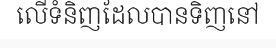
លើទំនិញដែលបានទិញនៅ